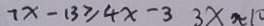
7 x - 1 3 \geq 4 x - 3 3 x \approx 1 0